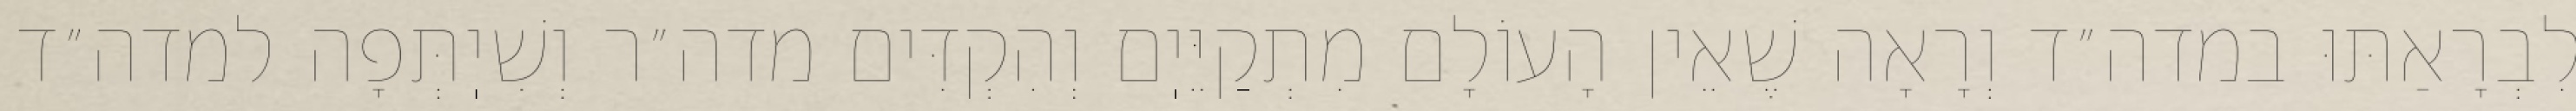
לִבְרָאַתּוּ במדה״ד וְרָאָה שֶׁאֵין הָעוֹלָם מִתְקַיֵּיֽם וְהִקְדִּים מדה״ר וְשִׁיֽתְּפָה למדה״ד